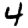
Digit: 4